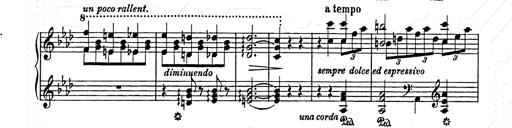
Title: Elegy No.1
Composer: Franz Liszt
Key: A-flat major